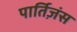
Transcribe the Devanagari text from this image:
पार्तिज़ंस